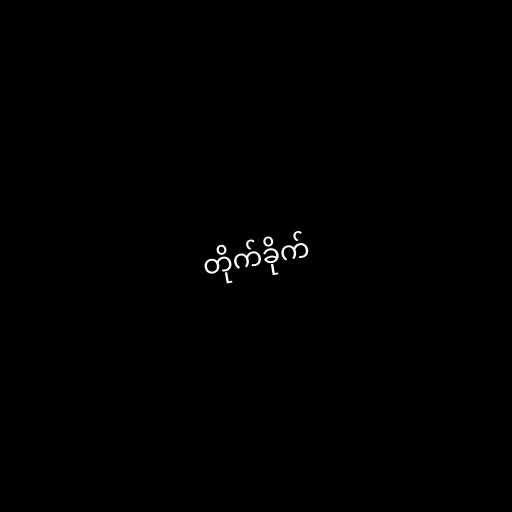
တိုက်ခိုက်